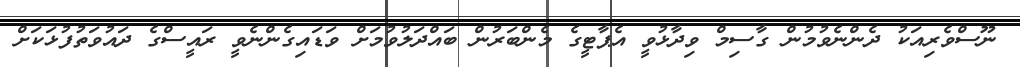
ނޫސްވެރިއަކު ދެންނެވުމުން ގާސިމް ވިދާޅުވީ އެޕާޓީގެ މެންބަރުން ބައްދަލުވުމަށް ވަޑައިގެންނެވީ ރައީސްގެ ދައުވަތުފުޅަކަށް